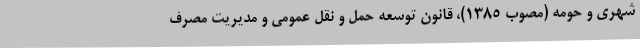
شهری و حومه (مصوب 1385)، قانون توسعه حمل و نقل عمومی و مدیریت مصرف